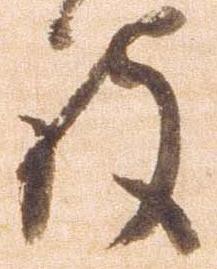
被